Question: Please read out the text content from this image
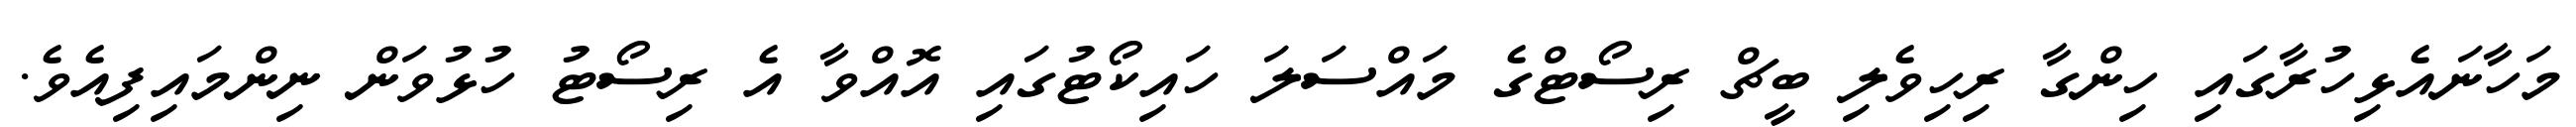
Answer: މަހާނައެޅިހުރާގައި ހިންގާ ރިހިވެލި ބީޗް ރިސޯޓްގެ މައްސަލަ ހައިކޯޓުގައި އޮއްވާ އެ ރިސޯޓު ހުޅުވަން ނިންމައިފިއެވެ.